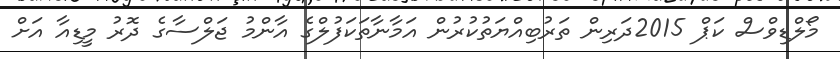
މޯލްޑިވްސް ކަޕް 2015ދަރިން ތަރުބިއްޔަތުކުރުން އަމާނާތަކަފުލްގެ އާންމު ޖަލްސާގެ ދޮރު މީޑިއާ އަށް